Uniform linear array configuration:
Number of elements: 8
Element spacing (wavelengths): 1
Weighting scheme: exponential
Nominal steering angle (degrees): -15
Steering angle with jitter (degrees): -14.275
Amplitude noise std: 0.05
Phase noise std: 0.05

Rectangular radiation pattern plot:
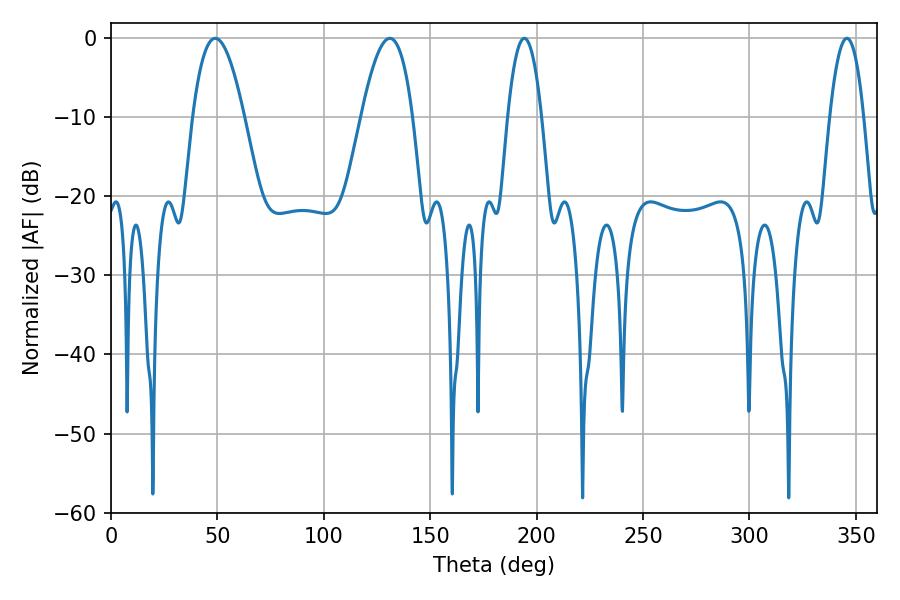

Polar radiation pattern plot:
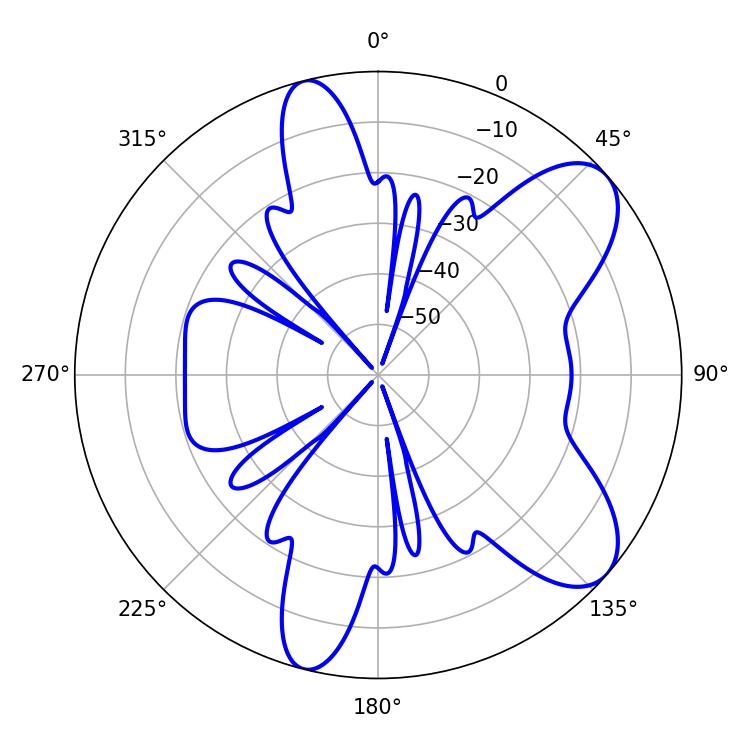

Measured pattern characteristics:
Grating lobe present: TRUE
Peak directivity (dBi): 8.284
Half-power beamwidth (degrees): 8.82
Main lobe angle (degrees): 194.22